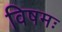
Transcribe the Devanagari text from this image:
विषमः